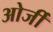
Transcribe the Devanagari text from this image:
ओर्जी